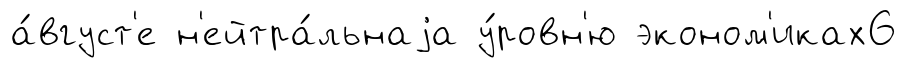
а́вгуст'е н'ейтра́льнаjа у́ровн'ю эконом'иках6